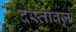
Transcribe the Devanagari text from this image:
दस्तावज़